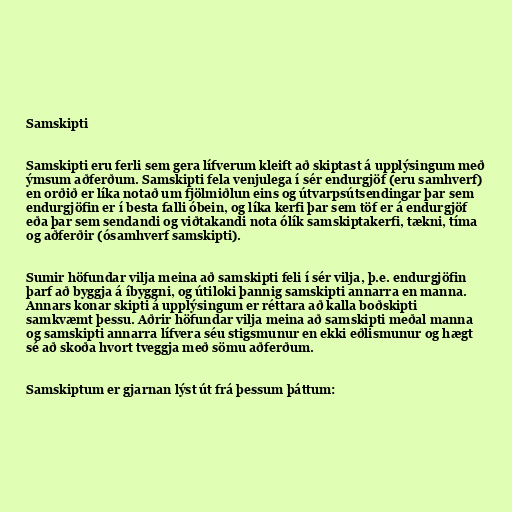
Samskipti

Samskipti eru ferli sem gera lífverum kleift að skiptast á upplýsingum með
ýmsum aðferðum. Samskipti fela venjulega í sér endurgjöf (eru samhverf)
en orðið er líka notað um fjölmiðlun eins og útvarpsútsendingar þar sem
endurgjöfin er í besta falli óbein, og líka kerfi þar sem töf er á endurgjöf
eða þar sem sendandi og viðtakandi nota ólík samskiptakerfi, tækni, tíma
og aðferðir (ósamhverf samskipti).

Sumir höfundar vilja meina að samskipti feli í sér vilja, þ.e. endurgjöfin
þarf að byggja á íbyggni, og útiloki þannig samskipti annarra en manna.
Annars konar skipti á upplýsingum er réttara að kalla boðskipti
samkvæmt þessu. Aðrir höfundar vilja meina að samskipti meðal manna
og samskipti annarra lífvera séu stigsmunur en ekki eðlismunur og hægt
sé að skoða hvort tveggja með sömu aðferðum.

Samskiptum er gjarnan lýst út frá þessum þáttum: